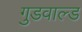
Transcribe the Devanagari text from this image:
गुडवाल्ड